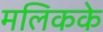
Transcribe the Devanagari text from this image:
मलिकके